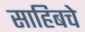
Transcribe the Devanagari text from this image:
साहिबचे